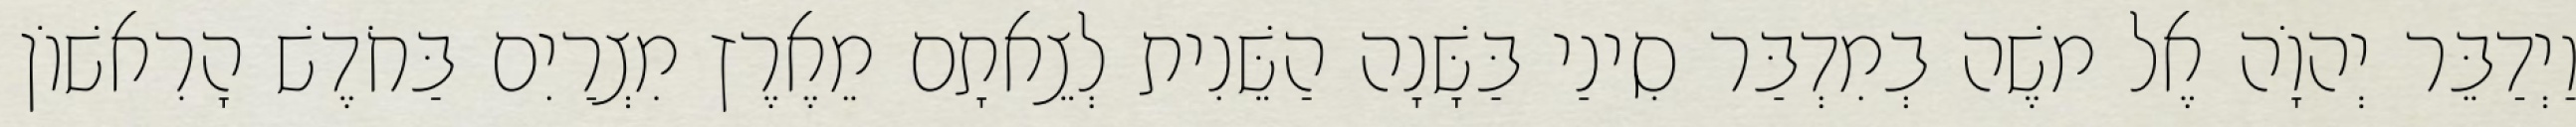
וַיְדַבֵּר יְהוָֹה אֶל משֶׁה בְמִדְבַּר סִינַי בַּשָּׁנָה הַשֵּׁנִית לְצֵאתָם מֵאֶרֶץ מִצְרַיִם בַּחֹדֶשׁ הָרִאשׁוֹן